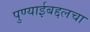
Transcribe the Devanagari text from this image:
पुण्याईबद्दलचा